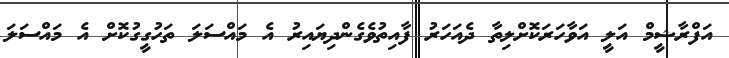
އަފްރާޝީމް އަލީ އަވާހަރަކޮށްލިތާ ދެއަހަރު ފާއިތުވެގެންދިޔައިރު އެ މައްސަލަ ތަހުގީގުކޮށް އެ މައްސަލަ